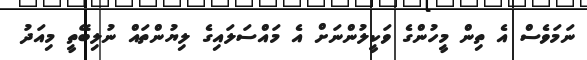
ނަމަވެސް އެ ތިން މީހުންގެ ވަކީލުންނަށް އެ މައްސަލައިގެ ލިޔުންތައް ނުލިބޭތީ މިއަދު